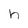
Character: h